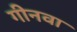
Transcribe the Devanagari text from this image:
गीनवा